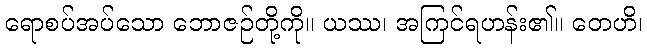
ရောစပ်အပ်သော ဘောဇဉ်တို့ကို။ ယဿ၊ အကြင်ရဟန်း၏။ တေဟိ၊